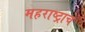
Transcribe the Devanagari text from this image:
महराष्ट्राचे